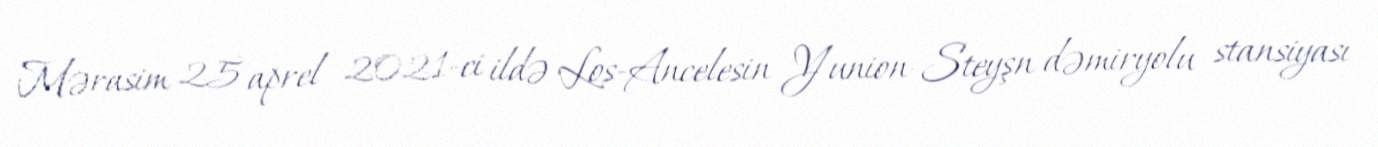
Mərasim 25 aprel 2021-ci ildə Los-Ancelesin Yunion-Steyşn dəmiryolu stansiyası